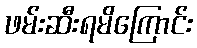
ဖမ်းဆီးရမိကြောင်း